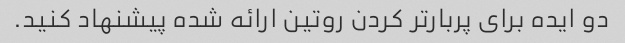
دو ایده برای پربارتر کردن روتین ارائه شده پیشنهاد کنید.